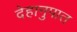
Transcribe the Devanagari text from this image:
देहानुपात